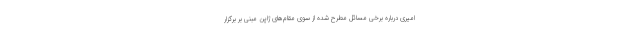
امیری درباره برخی مسائل مطرح شده از سوی مقام‌های ژاپن مبنی بر برگزار